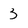
Character: 3